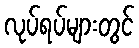
လုပ်ရပ်များတွင်